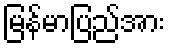
မြန်မာပြည်အား